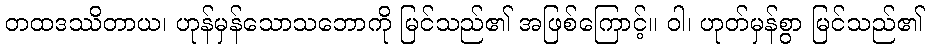
တထဒဿိတာယ၊ ဟုန်မှန်သောသဘောကို မြင်သည်၏ အဖြစ်ကြောင့်။ ဝါ၊ ဟုတ်မှန်စွာ မြင်သည်၏